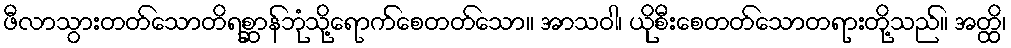
ဖီလာသွားတတ်သောတိရစ္ဆာန်ဘုံသို့ရောက်စေတတ်သော။ အာသဝါ၊ ယိုစီးစေတတ်သောတရားတို့သည်။ အတ္ထိ၊